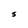
Character: S